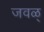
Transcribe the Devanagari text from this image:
जवळ्